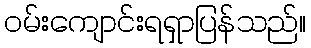
ဝမ်းကျောင်းရရှာပြန်သည်။